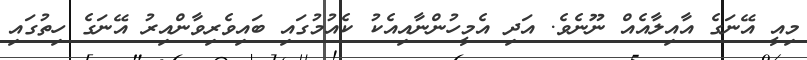
މިއީ އޭނަގެ އާއިލާއެއް ނޫނެވެ. އަދި އެމީހުންނާއިއެކު ކެއުމުގައި ބައިވެރިވާންއިރު އޭނަގެ ހިތުގައި